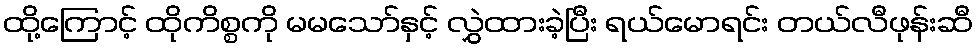
ထို့ကြောင့် ထိုကိစ္စကို မမသော်နှင့် လွှဲထားခဲ့ပြီး ရယ်မောရင်း တယ်လီဖုန်းဆီ